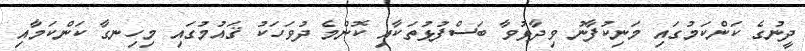
ދީނުގެ ކަންކަމުގައި މަނިކުފާނު ވިދާޅުވާ ބަސްފުޅުތަކާއި ކޮންމެ ދުވަހަކު ޤައުމުގައި މިހިނގާ ކަންކަމާއި